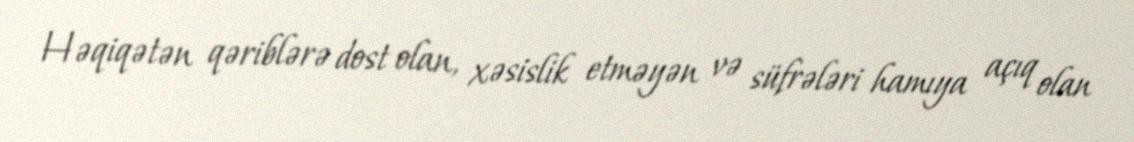
Həqiqətən qəriblərə dost olan, xəsislik etməyən və süfrələri hamıya açıq olan